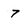
Character: 7